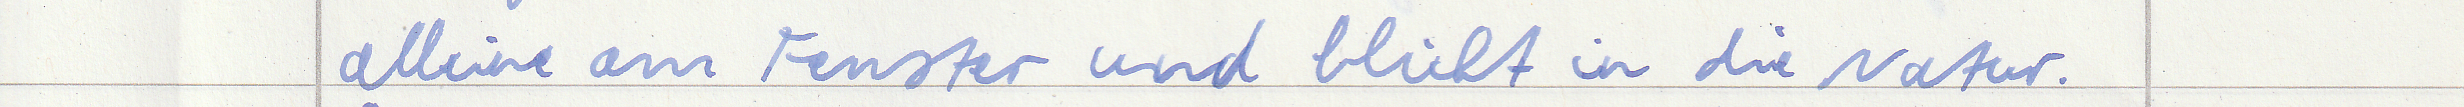
alleine am Fenster und blickt in die Natur.